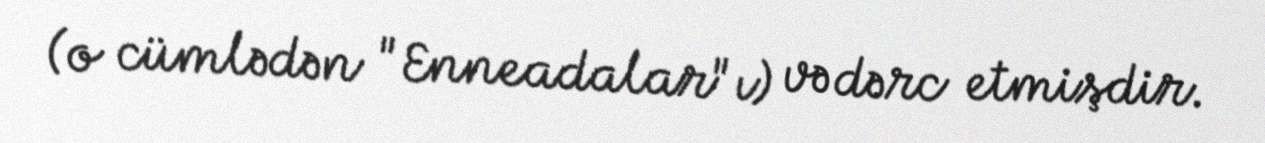
(o cümlədən "Enneadalar"ı) və dərc etmişdir.